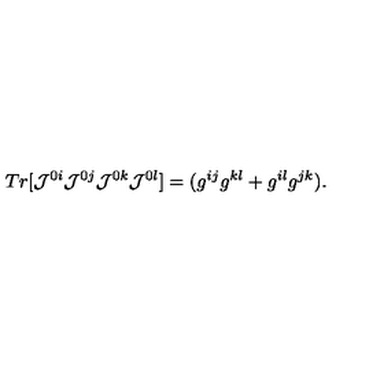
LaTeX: T r [ { \cal { J } } ^ { 0 i } { \cal { J } } ^ { 0 j } { \cal { J } } ^ { 0 k } { \cal { J } } ^ { 0 l } ] = ( g ^ { i j } g ^ { k l } + g ^ { i l } g ^ { j k } ) .